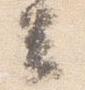
云